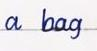
a bag